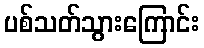
ပစ်သတ်သွားကြောင်း